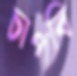
চাপবি